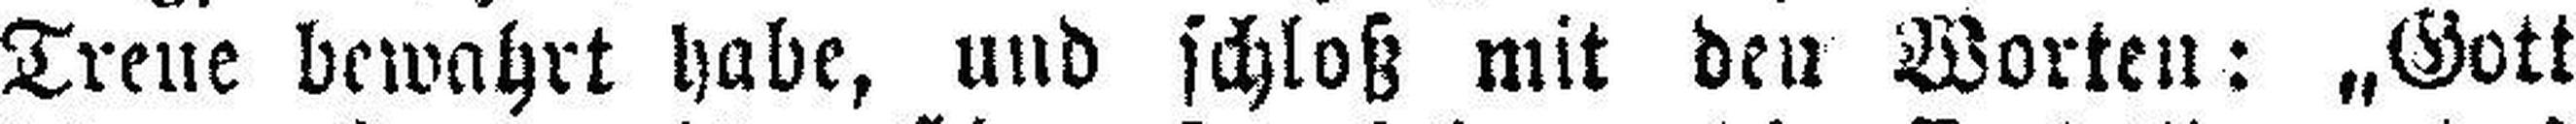
Treue bewahrt habe, und schloß mit den Worten: „Gott